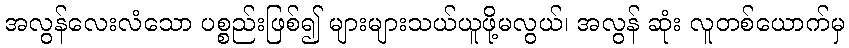
အလွန်လေးလံသော ပစ္စည်းဖြစ်၍ များများသယ်ယူဖို့မလွယ်၊ အလွန် ဆုံး လူတစ်ယောက်မှ